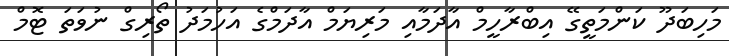
މަހިބަދޫ ކަންމަތީގޭ އިބްރާހީމް އާދަމާއި މަރިޔަމް އާދަމްގެ އަހުމަދު ތޯރިގް ނުވަތަ ޓޮމް